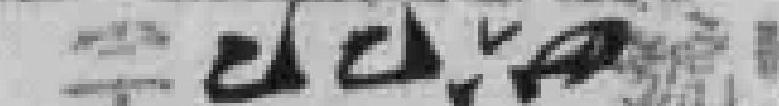
字〇〇六四號